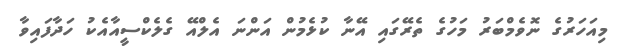
މިއަހަރުގެ ނޮވެމްބަރު މަހުގެ ތެރޭގައި އޭނާ ކުޅެމުން އަންނަ އެލްއޭ ގެލެކްސީއާއެކު ހަދާފައިވާ